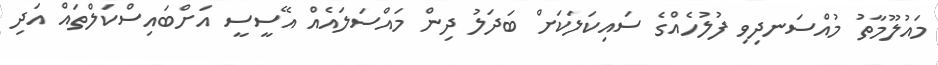
މައުލޫމާތު މުއްސަނދިވި ފުލުހެއްގެ ސައިކަލަކަށް ބަދަލު ދިން މައްސަލައެއް އޭސީސީ އަށްބައިސްކަލްތައް އަދި